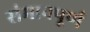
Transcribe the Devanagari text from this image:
संमानपूर्ण